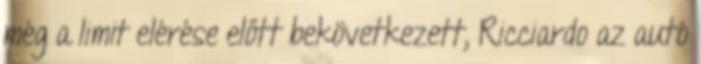
még a limit elérése előtt bekövetkezett, Ricciardo az autó